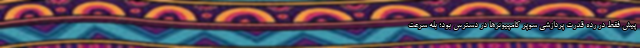
پیش فقط در رده قدرت پردازشی سوپر کامپیوترها در دسترس بود؛ بله سرعت